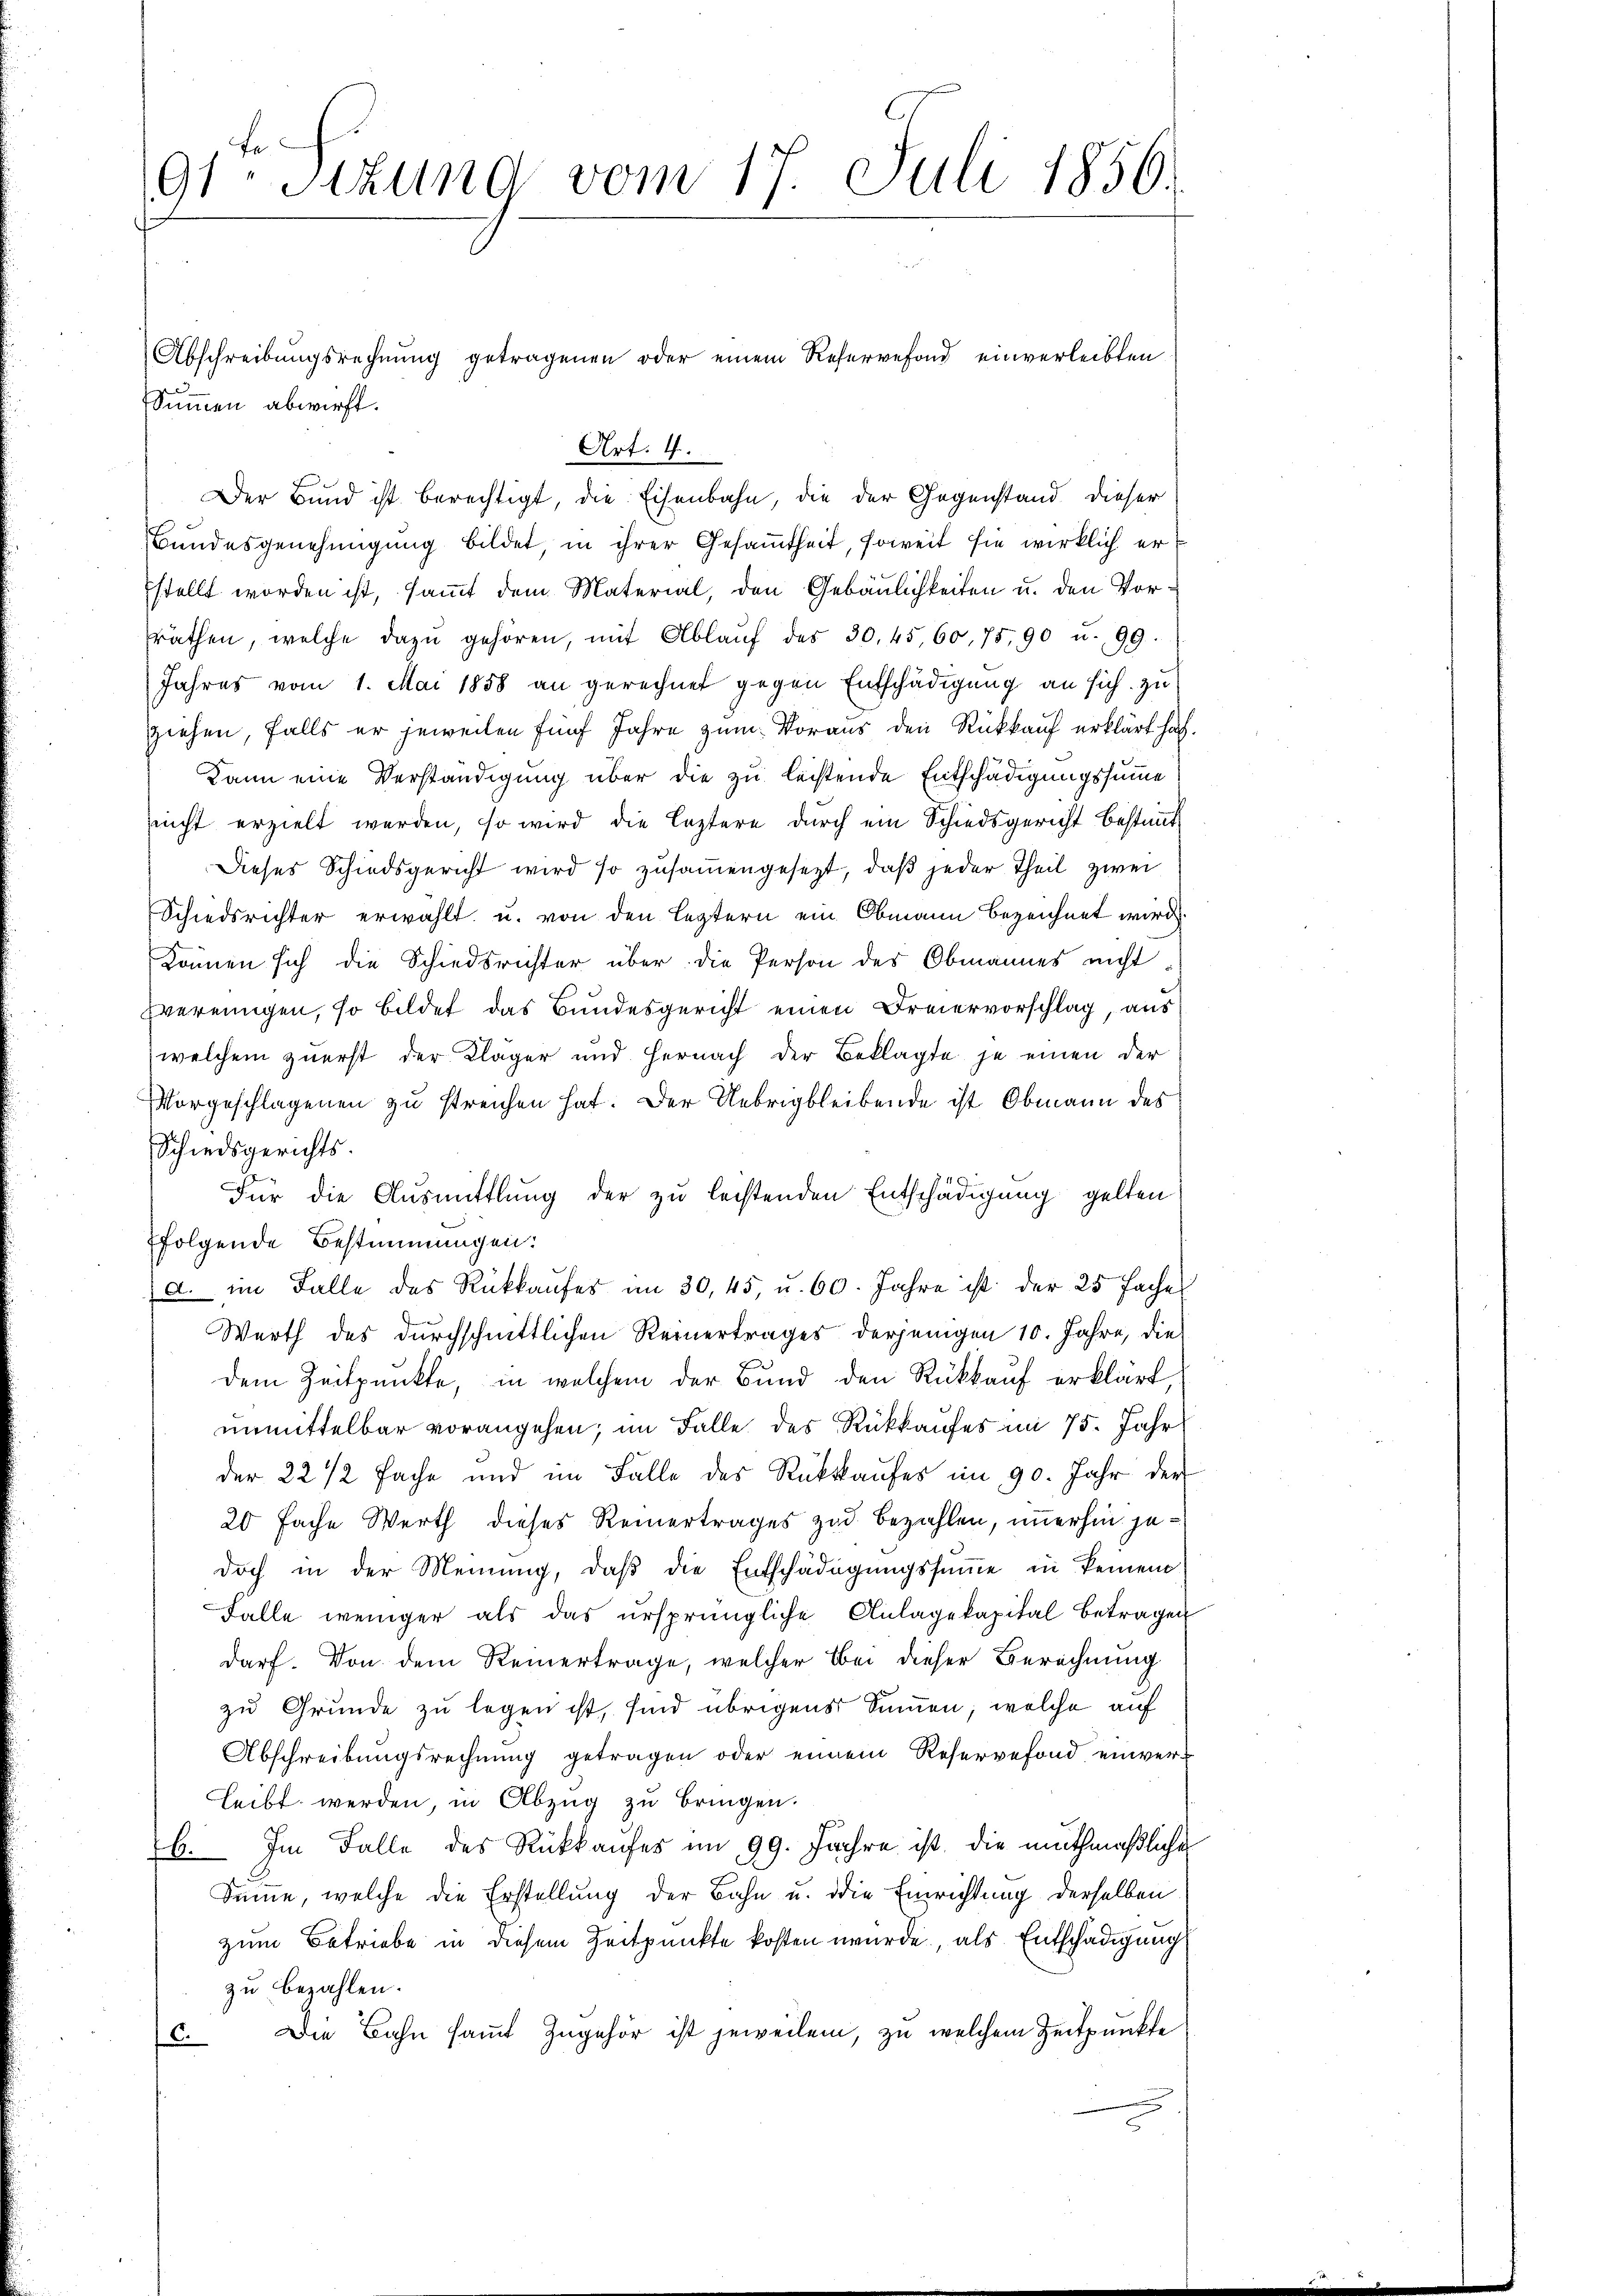
91 Stzung vom 17. Juli 1856.

Abschreibungsrechnung getragenen oder einem Reservefond einverleibten
Summen abwirft.
Art. 4.
Der Bund ist berechtigt, die Eisenbahn, die der Gegenstand dieser
Bundesgenehmigung bildet, in ihrer Gesammtheit, soweit sie wirklich erstellt worden ist, samt dem Material, den Gebäulichkeiten u. den Vorsräthen, welche dazŭ gehören, mit Ablaŭf des 30, 45, 60, 75, 90 u. 99.
Jahres vom 1. Mai 1858 an gerechnet gegen Entschädigung an sich zu
ziehen, falls er jeweilen fünf Jahre zum Voraus den Rückkauf erklärt hat.
Dann eine Verständigung über die zu leistende Entschädigungssumme
nicht erzielt werden, so wird die leztere durch ein Schiedsgericht bestimmt
Dieses Schiedsgericht wird so zusammengesezt, daß jeder Theil zwei
Schiedsrichter erwählt u. von den leztern ein Obmann bezeichnet wird.
können sich die Schiedsrichter über die Person des Obmannes nicht
vereinigen, so bildet das Bundesgericht einen Freiervorschlag, aus
welchem zuerst der Kläger und hernach der Beklagte je einen der
Vorgeschlagenen zu streichen hat. Der Uebrig bleibende ist Obmann des
Schiedsgerichts.
Für die Ausmittlung der zu leistenden Entschädigung gelten
folgende Bestimmungen:
a. im Falle des Rückkaufes im 30, 45, u. 60. Jahre ist der 25 Fache
Werth des durchschnittlichen Reinertrages derjenigen 10. Jahre, die
dem Zeitpunkte, in welchem der Bund den Rückkauf erklärt,
unmittelbar vorangehen; im Falle des Rückkaufes im 75. Jahr
der 22 1/2 Fache und im Falle des Rückkaufes im 90. Jahr der
20 Fache Werth dieses Reinertrages zu bezahlen, immerhin jedoch in der Meinung, daβ die Entschädigŭngssŭṁe in keinem
Falle weniger als das ursprüngliche Anlagekapital betragen
darf. Von dem Reinertrage, welcher Bei dieser Berechnung
zu Grunde zu legen ist, sind übrigens Simmen, welche auf
Abschreibungsrechnung getragen oder einem Reservefond einverleibt werden, in Abzug zu bringen.
b. Im Falle des Rückkaufes im 99. Jahre ist, die muthmaßliche
Summe, welche die Erstellung der Bahn u. die Einrichtung derselben
zum Betriebe in diesem Zeitpunkte kosten wurde, als Entschädigung
zu bezahlen.
Die Bahn samt Zugehör ist jeweilen, zu welchem Zeitpunkte
c.